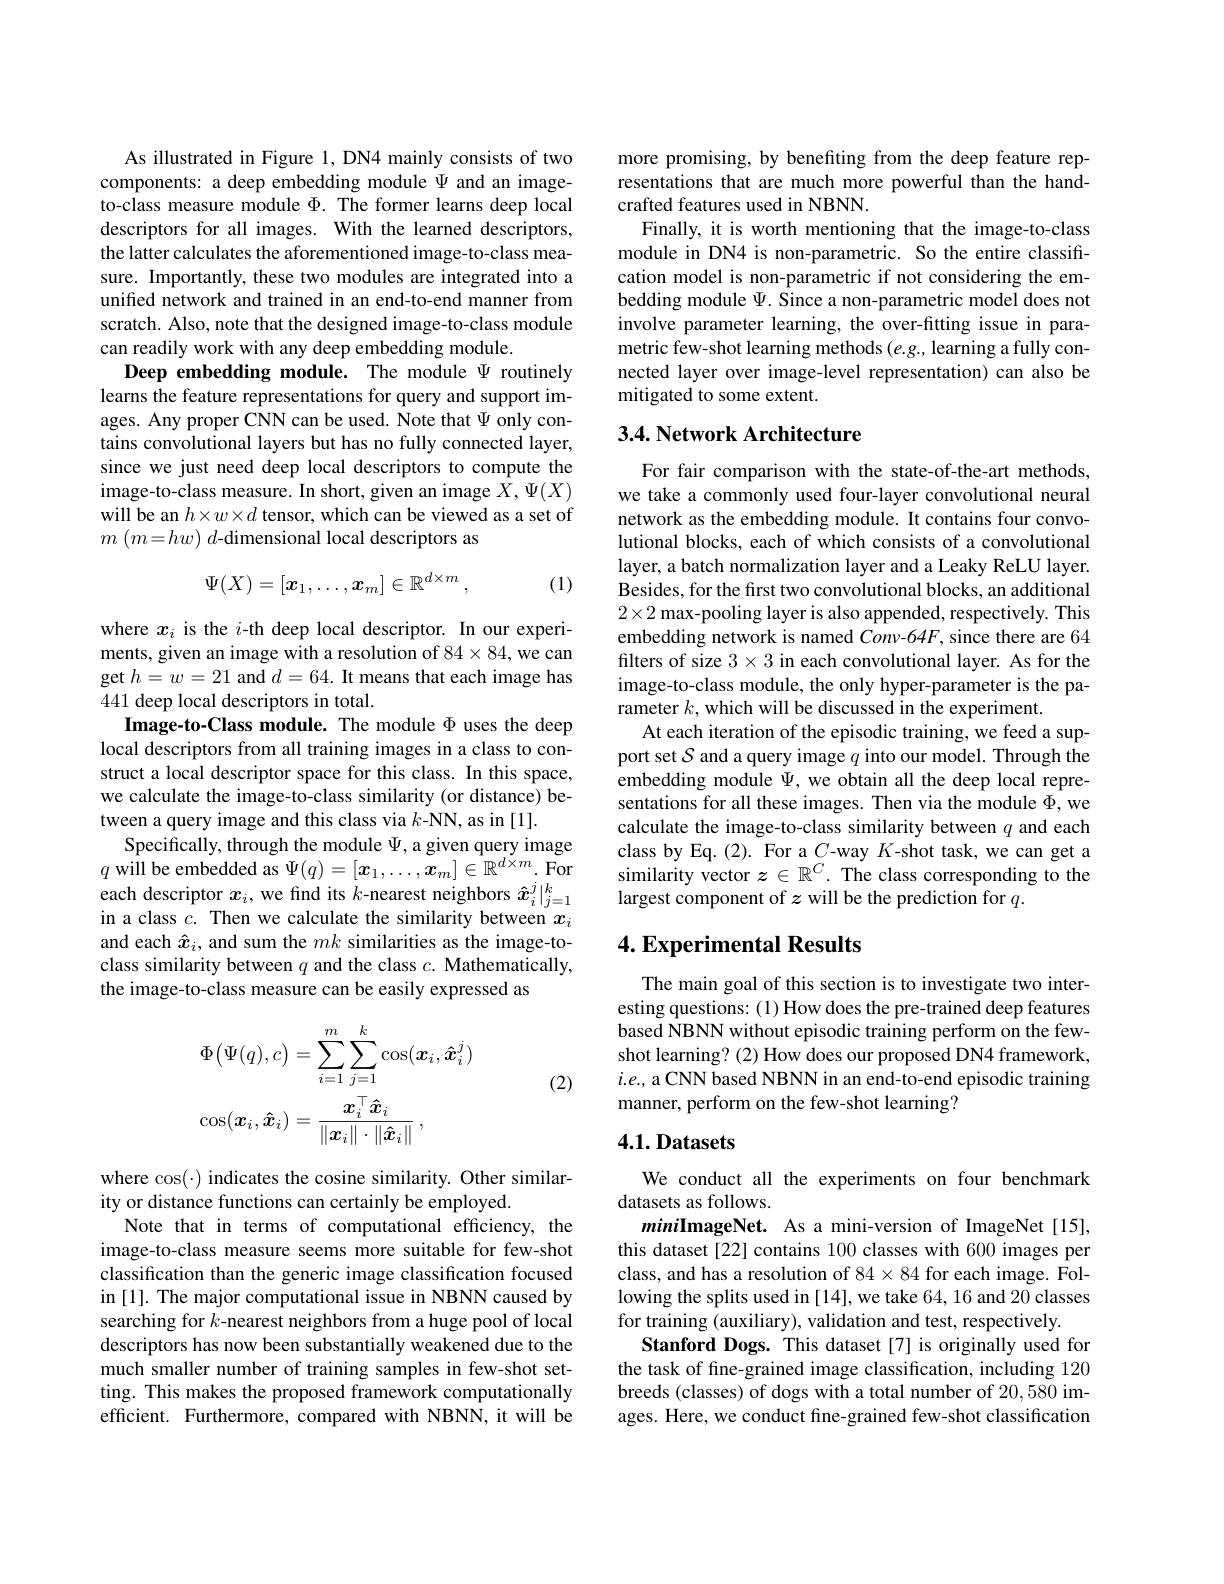
As illustrated in Figure 1, DN4 mainly consists of two components: a deep embedding module $\Psi$ and an imageto-class measure module $\Phi.$ The former learns deep local descriptors for all images. With the learned descriptors, the latter calculates the aforementioned image-to-class measure. Importantly, these two modules are integrated into a unified network and trained in an end-to-end manner from scratch. Also, note that the designed image-to-class module can readily work with any deep embedding module.
Deep embedding module. The module $\Psi$ routinely learns the feature representations for query and support images. Any proper CNN can be used. Note that $\Psi$ only contains convolutional layers but has no fully connected layer, since we just need deep local descriptors to compute the image-to-class measure. In short, given an image $\hat{X},\Psi(X)$ will be an $h\times w\times d$ tensor, which can be viewed as a set of $m$ $( m= hw)$ $d$-dimensional local descriptors as
$$\Psi(X)=[\boldsymbol{x}_1,\ldots,\boldsymbol{x}_m]\in\mathbb{R}^{d\times m}\:,$$
(1)

where $x_i$ is the $i$-th deep local descriptor. In our experiments, given an image with a resolution of 84×84, we can get $h=w=21$ and $d= 64. \textbf{It means that each image has}$ 441 deep local descriptors in total.
Image-to-Class module. The module $\Phi$ uses the deep local descriptors from all training images in a class to construct a local descriptor space for this class. In this space, we calculate the image-to-class similarity (or distance) between a query image and this class via $k$-NN, as in [1].
Specifically, through the module $\Psi$, a given query image $q$ will be embedded as $\Psi(q)=[x_1,\ldots,x_m]\in\mathbb{R}^{d\times m}.$ For$e$ch descriptor $x_i$, we find its $k$-nearest neighbors $\hat{x}_i^j|_{j=1}^k$in a class $c.$ Then we calculate the similarity between $x_i$ and each $\hat{x}_i$, and sum the $mk$ similarities as the image-toclass similarity between $q$ and the class $c.$ Mathematically, the image-to-class measure can be easily expressed as

(2)
$$\begin{aligned}&\Phi\big(\Psi(q),c\big)=\sum_{i=1}^{m}\sum_{j=1}^{k}\cos(\boldsymbol{x}_{i},\boldsymbol{\hat{x}}_{i}^{j})\\&\cos(\boldsymbol{x}_{i},\boldsymbol{\hat{x}}_{i})=\frac{\boldsymbol{x}_{i}^{\top}\boldsymbol{\hat{x}}_{i}}{\|\boldsymbol{x}_{i}\|\cdot\|\boldsymbol{\hat{x}}_{i}\|}\:,\end{aligned}$$
where $\cos(\cdot)$ indicates the cosine similarity. Other similar-
ity or distance functions can certainly be employed.
Note that in terms of computational efficiency, the image-to-class measure seems more suitable for few-shot classification than the generic image classification focused in [1]. The major computational issue in NBNN caused by searching for $k$-nearest neighbors from a huge pool of local descriptors has now been substantially weakened due to the much smaller number of training samples in few-shot setting. This makes the proposed framework computationally efficient. Furthermore, compared with NBNN, it will be

more promising, by benefiting from the deep feature representations that are much more powerful than the handcrafted features used in NBNN.
Finally, it is worth mentioning that the image-to-class module in DN4 is non-parametric. So the entire classification model is non-parametric if not considering the embedding module $\Psi$. Since a non-parametric model does not involve parameter learning, the over-fitting issue in parametric few-shot learning methods $(e.g.$, learning a fully connected layer over image-level representation) can also be mitigated to some extent.

## 3.4. Network Architecture

For fair comparison with the state-of-the-art methods, we take a commonly used four-layer convolutional neural network as the embedding module. It contains four convolutional blocks, each of which consists of a convolutional layer, a batch normalization layer and a Leaky ReLU layer. Besides, for the first two convolutional blocks, an additional $2\times2$ max-pooling layer is also appended, respectively. This embedding network is named Conv-64F, since there are 64 filters of size $3\times3$ in each convolutional layer. As for the image-to-class module, the only hyper-parameter is the parameter $k$, which will be discussed in the experiment
At each iteration of the episodic training, we feed a support set $\mathcal{S}$ and a query image $q$ into our model. Through the embedding module $\Psi$, we obtain all the deep local representations for all these images. Then via the module $\Phi$,we calculate the image-to-class similarity between $q$ and each class by Eq. (2). For a $C$-way $K$-shot task, we can get a similarity vector $z\in\mathbb{R}^C.$ The class corresponding to the largest component of $z$ will be the prediction for $q.$

## 4. Experimental Results

The main goal of this section is to investigate two interesting questions: (1) How does the pre-trained deep features based NBNN without episodic training perform on the fewshot learning? (2) How does our proposed DN4 framework, $i.e.$, a CNN based NBNN in an end-to-end episodic training manner, perform on the few-shot learning?

## 4.1. Datasets

We conduct all the experiments on four benchmark
datasets as follows.
miniImageNet. As a mini-version of ImageNet[15], this dataset[22] contains 100 classes with 600 images per class, and has a resolution of 84× 84 for each image. Following the splits used in [14], we take 64, 16 and 20 classes for training (auxiliary), validation and test, respectively.
Stanford Dogs. This dataset [7] is originally used for the task of fne-grained image classification, including 120 breeds (classes) of dogs with a total number of 20,580 images. Here, we conduct fine-grained few-shot classification